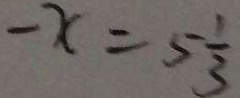
- x = 5 \frac { 1 } { 3 }